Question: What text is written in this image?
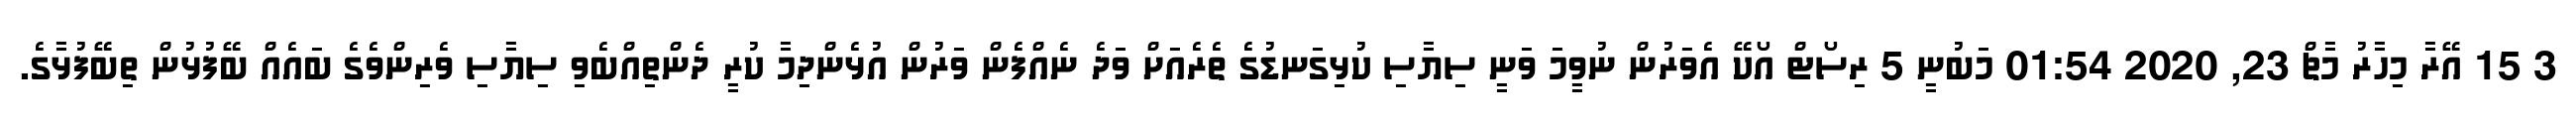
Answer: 3 15 އޭރާ މިހާރު މާޗް 23, 2020 01:54 މަބުނީ 5 ރިސޯޓް އޯކޭ އެވަރުން ނުވީމަ ވަނީ ސިޔާސި ކުޅިގަނޑުގެ ތެރެއަށް ވަދެ ނެއްފެން ވަރުން އުޅެންދިމާ ކުރީ ދެންތިއްބެވި ސިޔާސި ވެރިންވެގެ ބައެއް ބޭފުޅުން ތިބޭފުޅާގެ.